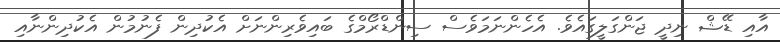
އާއި ޑޭޝް ނިދީ ޖަންގަލީގައެވެ. އެހެންނަމަވެސް ސިންޑްރޯމްގެ ބައިވެރިންނަށް އެކުދިން ފެނުމުން އެކުދިންނާއި